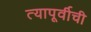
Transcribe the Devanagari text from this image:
त्यापूर्वीची